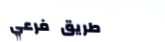
طريق فرعي